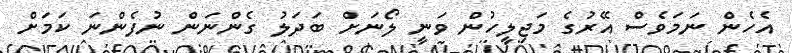
އެހެން ނަމަވެސް އޭރުގެ މަޖިލީހުން ވަނީ ލޯނަށް ބަދަލު ގެންނަން ނުފެންނަ ކަަމަށް